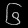
Digit: ၆